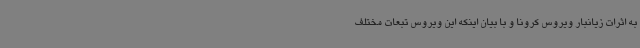
به اثرات زیانبار ویروس کرونا و با بیان اینکه این ویروس تبعات مختلف